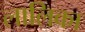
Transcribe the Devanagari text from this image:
लालिका